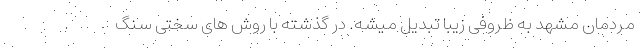
مردمان مشهد به ظروفی زیبا تبدیل میشه. در گذشته با روش های سختی سنگ